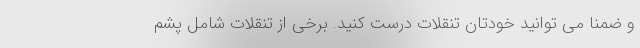
و ضمنا می توانید خودتان تنقلات درست کنید. برخی از تنقلات شامل پشم